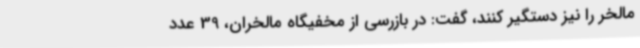
مالخر را نیز دستگیر کنند، گفت: در بازرسی از مخفیگاه مالخران، 39 عدد